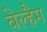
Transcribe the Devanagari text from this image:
वेल्हैम